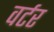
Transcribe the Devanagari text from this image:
वर्टर